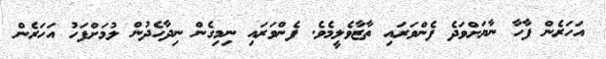
އަހަރެން ފާހާ ނާޔަށްވަދެ ފެންވަރައި ތާޒާވެލީމެވެ. ފެންވަރައި ނިމިގެން ނިދާހެދުން ލުމަށްފަހު އަހަރެން